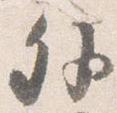
外